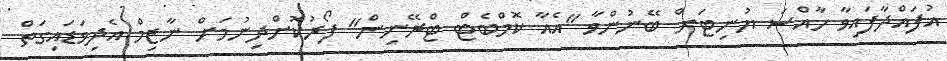
އުފައްދާފައިވާ ހާއްސަ ޔުނިޓަށް ބޭނުންވާ "އެއާ ކޮމްބެޓް ޓްރޭނިން" ފޯރުކޮށްދިނުމަށް ނާޒިމް އެދިވަޑައިގަތް